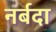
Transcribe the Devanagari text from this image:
नर्बदा